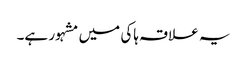
یہ علاقہ ہاکی میں مشہور ہے۔